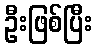
ဦးဖြစ်ပြီး